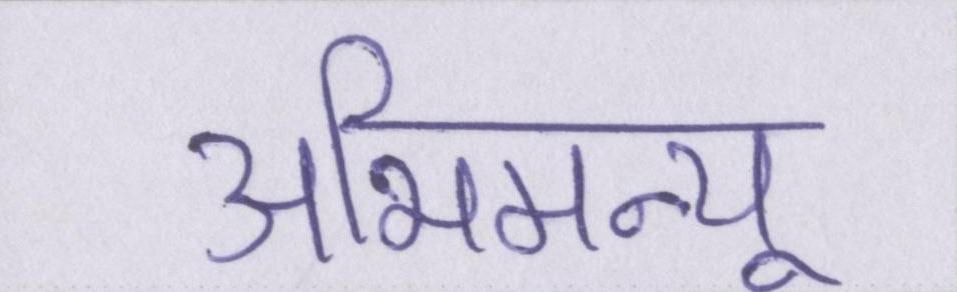
अभिमन्यू